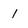
Character: l